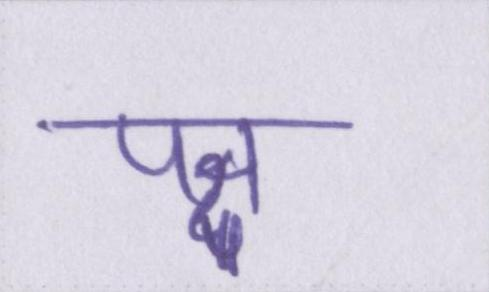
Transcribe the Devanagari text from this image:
पक्ष